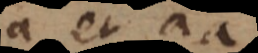
a et aa